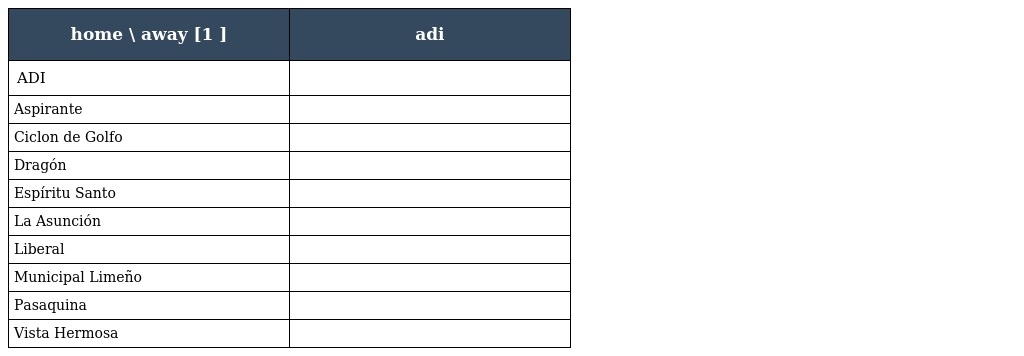
| home \ away [1 ] | adi |
 | --- | --- |
 | ADI |  |
 | Aspirante |  |
 | Ciclon de Golfo |  |
 | Dragón |  |
 | Espíritu Santo |  |
 | La Asunción |  |
 | Liberal |  |
 | Municipal Limeño |  |
 | Pasaquina |  |
 | Vista Hermosa |  |